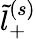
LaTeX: \tilde{l}_{+}^{(s)}